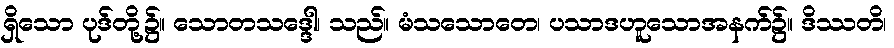
ရှိသော ပုဒ်တို့၌။ သောတသဒ္ဒေါ၊ သည်။ မံသသောတေ၊ ပသာဒဟူသောအနက်၌။ ဒိဿတိ၊